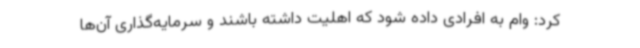
کرد: وام به افرادی داده شود که اهلیت داشته باشند و سرمایه‌گذاری آن‌ها